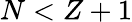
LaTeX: N<Z+1